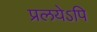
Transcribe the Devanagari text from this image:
प्रलयेऽपि